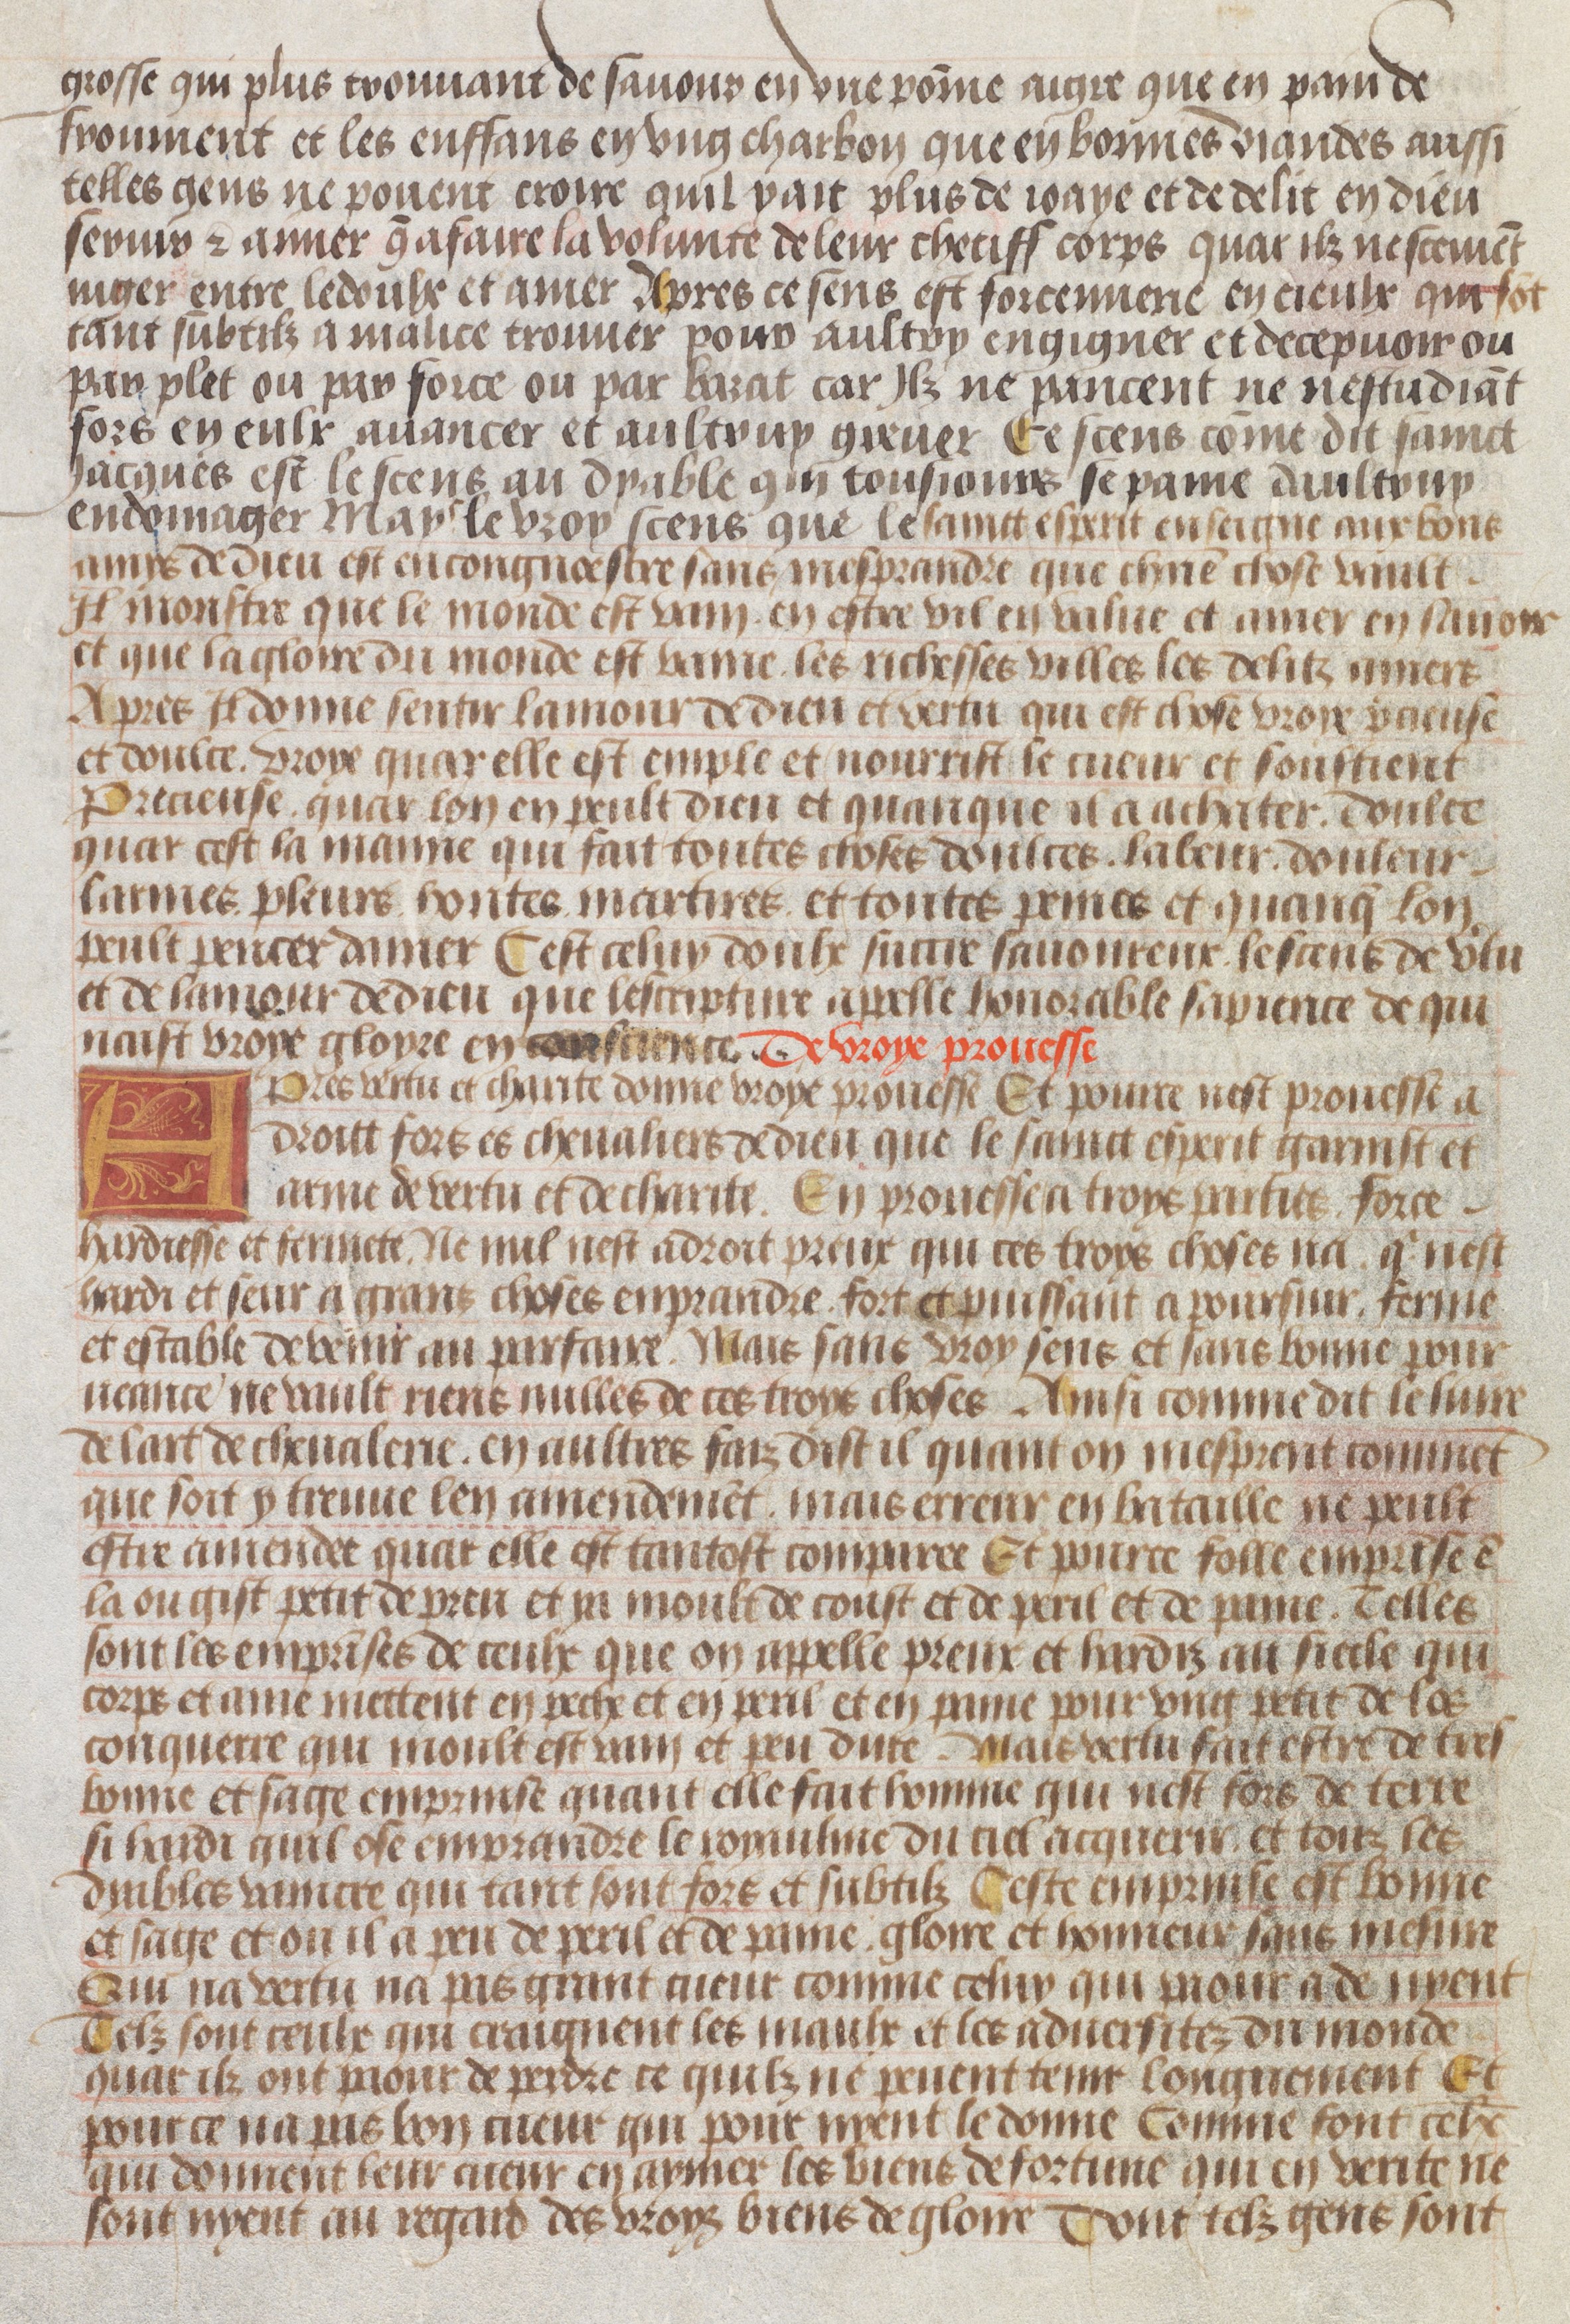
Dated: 1450–1475